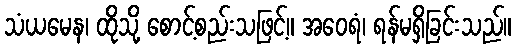
သံယမေန၊ ထိုသို့ စောင့်စည်းသဖြင့်။ အဝေရံ၊ ရန်မရှိခြင်းသည်။